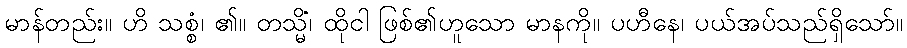
မာန်တည်း။ ဟိ သစ္စံ၊ ၏။ တသ္မိံ၊ ထိုငါ ဖြစ်၏ဟူသော မာနကို။ ပဟီနေ၊ ပယ်အပ်သည်ရှိသော်။